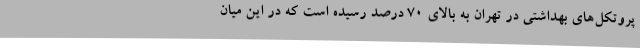
پروتکل‌های بهداشتی در تهران به بالای 70 درصد رسیده است که در این میان